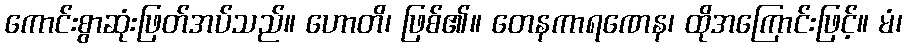
ကောင်းစွာဆုံးဖြတ်အပ်သည်။ ဟောတိ၊ ဖြစ်၏။ တေနကာရဏေန၊ ထိုအကြောင်းဖြင့်။ မံ၊